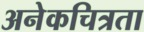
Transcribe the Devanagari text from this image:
अनेकचित्रता